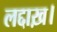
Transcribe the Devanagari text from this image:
लद्दाख़।